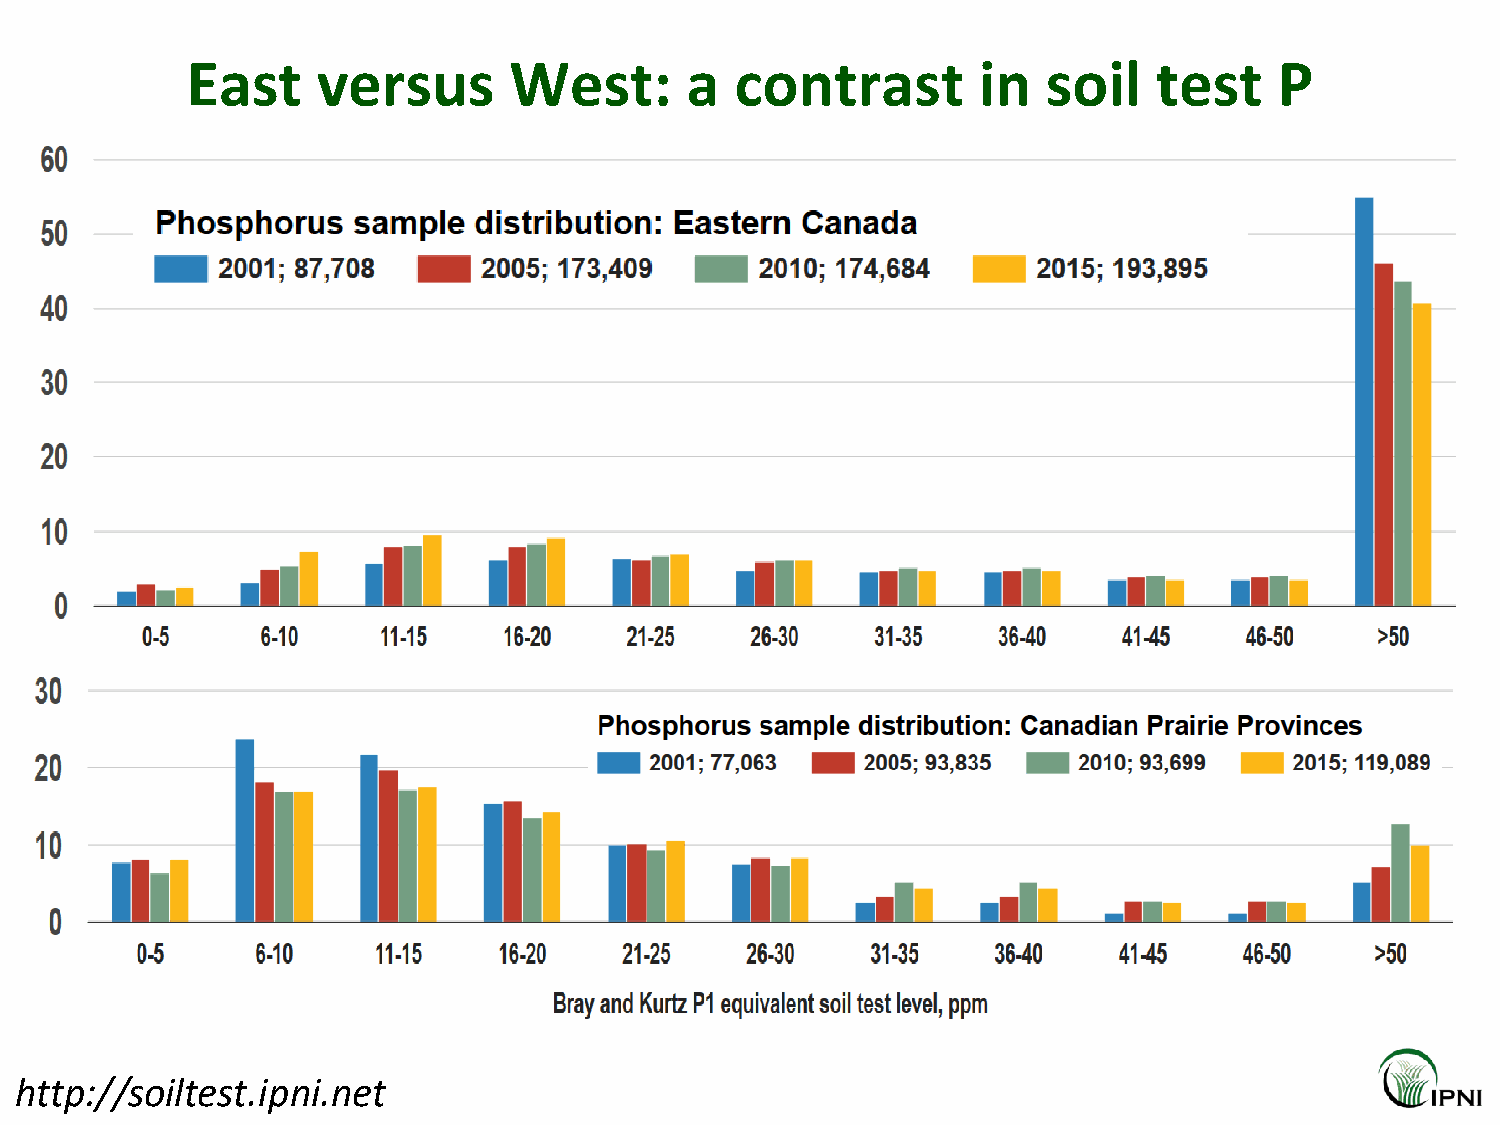
East     versus       West:      a   contrast        in  soil    test    P
 http://soiltest.ipni.net